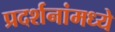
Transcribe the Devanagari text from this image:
प्रदर्शनांमध्ये